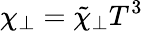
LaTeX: \chi_{\perp}=\tilde{\chi}_{\perp}T^{3}